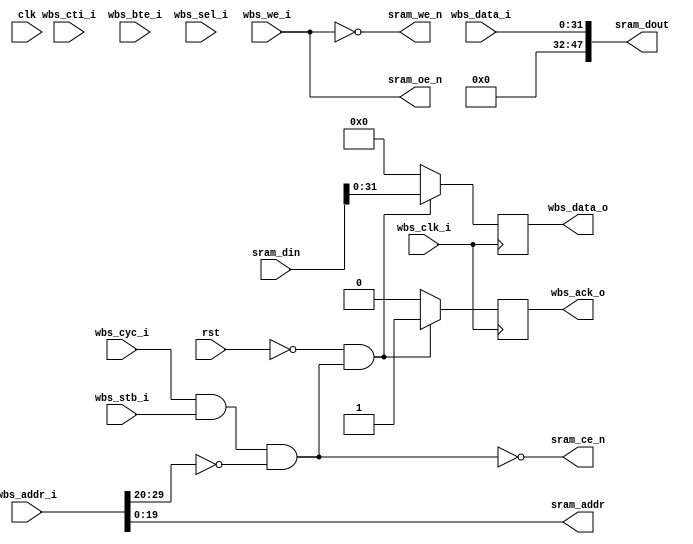
module wb_sram_sword (
	input wire clk,  // main clock, should be faster then bus clock
	input wire rst,  // synchronous reset
	// SRAM interfaces
	output wire sram_ce_n,
	output wire sram_oe_n,
	output wire sram_we_n,
	output wire [ADDR_BITS-1:2] sram_addr,
	input wire [47:0] sram_din,
	output wire [47:0] sram_dout,
	// wishbone slave interfaces
	input wire wbs_clk_i,
	input wire wbs_cyc_i,
	input wire wbs_stb_i,
	input wire [31:2] wbs_addr_i,
	input wire [2:0] wbs_cti_i,
	input wire [1:0] wbs_bte_i,
	input wire [3:0] wbs_sel_i,
	input wire wbs_we_i,
	input wire [31:0] wbs_data_i,
	output reg [31:0] wbs_data_o,
	output reg wbs_ack_o
	);
	
	parameter
		ADDR_BITS = 22,  // address length for PSRAM
		HIGH_ADDR = 10'h000;  // high address value, as the address length of wishbone is larger than device
	
	wire cs;
	assign
		cs = wbs_cyc_i & wbs_stb_i & wbs_addr_i[31:ADDR_BITS] == HIGH_ADDR;
	
	assign
		sram_ce_n = ~cs,
		sram_oe_n = wbs_we_i,
		sram_we_n = ~wbs_we_i,
		sram_addr = wbs_addr_i[ADDR_BITS-1:2],
		sram_dout = {16'b0, wbs_data_i};
	
	always @(posedge wbs_clk_i) begin
		wbs_data_o <= 0;
		wbs_ack_o <= 0;
		if (~rst && cs) begin
			wbs_data_o <= sram_din[31:0];
			wbs_ack_o <= 1;
		end
	end
	
endmodule